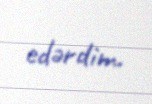
edərdim.